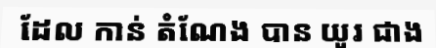
ដែល កាន់ តំណែង បាន យូរ ជាង